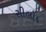
સીલોદ